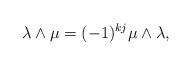
LaTeX: \begin{align*} \lambda\wedge\mu=(-1)^{kj}\mu\wedge\lambda,\end{align*}